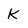
Character: K